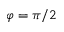
\varphi = \pi / 2